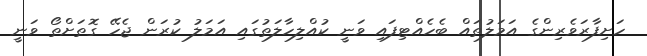
ހަށިފާރަވެރިންގެ އަމަލުތައް ބެހެއްޓިފައި ވަނީ ކުއްލިހާލަތުގައި އަމަލު ކުރަން ޖެހޭ ގޮތަށްތޯ ވަނީ